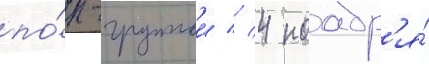
по́п-группои // 4 ноабр'я́